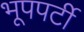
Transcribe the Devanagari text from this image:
भूपपर्टी